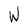
Character: W